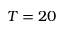
T = 2 0